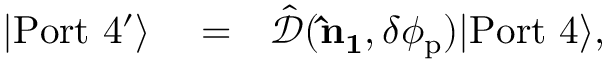
\begin{array} { r l r } { | \mathrm { P o r t \ 4 ^ { \prime } } \rangle } & { { } = } & { \hat { \mathcal { D } } ( { \bf \hat { n } _ { 1 } } , \delta \phi _ { \mathrm { p } } ) | \mathrm { P o r t \ 4 } \rangle , } \end{array}